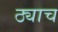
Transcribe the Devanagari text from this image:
ठ्याच